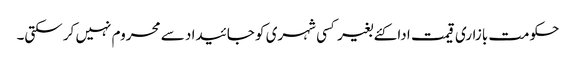
حکومت بازاری قیمت ادا کئے بغیر کسی شہری کو جائیدا د سے محروم نہیں کر سکتی۔